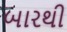
બારથી